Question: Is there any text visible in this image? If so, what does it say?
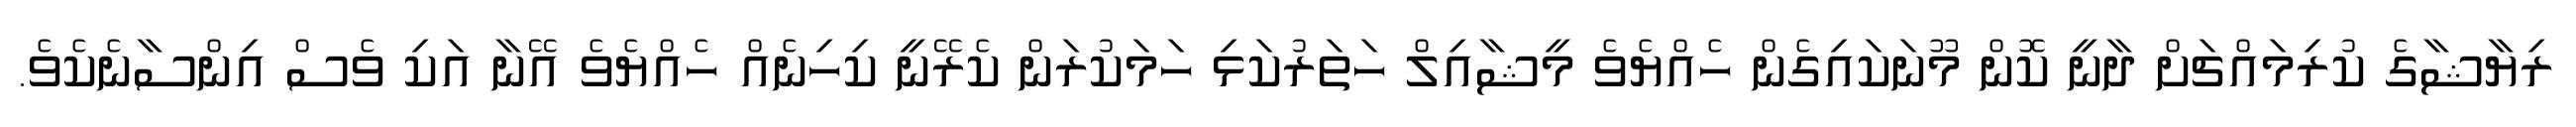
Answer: ރިޔާޝާގެ ކުރިމައްޗަށް ދާނީ ކޮން މޫނަކައިގެން ހެއްޔެވެ މީޝާއިލް ހަތަރުކަޅި ހަމަކުރަން ކެރޭނީ ކިހިނެއް ހެއްޔެވެ އޭނާ އަކި ވެސް އިންސާނެކެވެ.